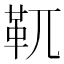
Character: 靰